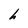
Character: h